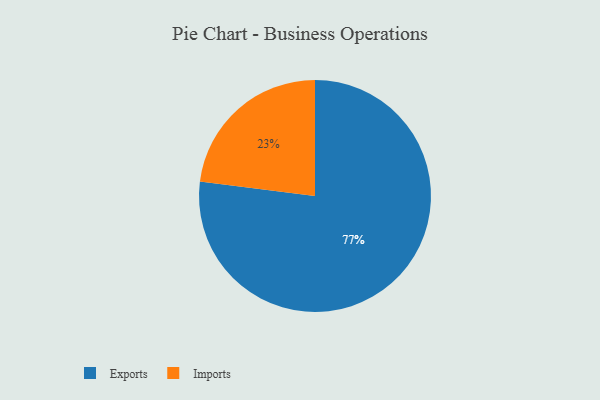
{"axis": {"x": "Category", "y": "Percentage"}, "legend": ["Exports", "Imports"], "data": [{"x": "Exports", "y": 77, "type": "Exports"}, {"x": "Imports", "y": 23, "type": "Imports"}]}